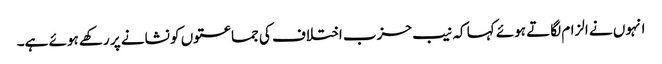
انہوں نے الزام لگاتے ہوئے کہا کہ نیب حزب اختلاف کی جماعتوں کو نشانے پر رکھے ہوئے ہے۔